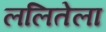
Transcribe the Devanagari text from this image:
ललितेला